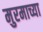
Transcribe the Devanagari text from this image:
मुरमाच्या